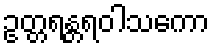
ဥတ္တရန္တရဝါသကော